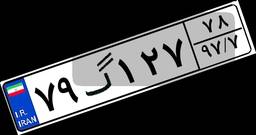
۱۱گ۸۳۲۲۳